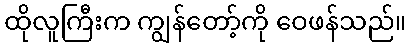
ထိုလူကြီးက ကျွန်တော့်ကို ဝေဖန်သည်။